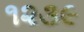
૧૨૩૯